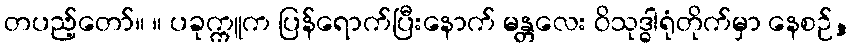
တပည့်တော်။ ။ ပခုက္ကူက ပြန်ရောက်ပြီးနောက် မန္တလေး ဝိသုဒ္ဓါရုံတိုက်မှာ နေစဉ်,